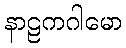
နာဠကဂါမော